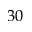
3 0